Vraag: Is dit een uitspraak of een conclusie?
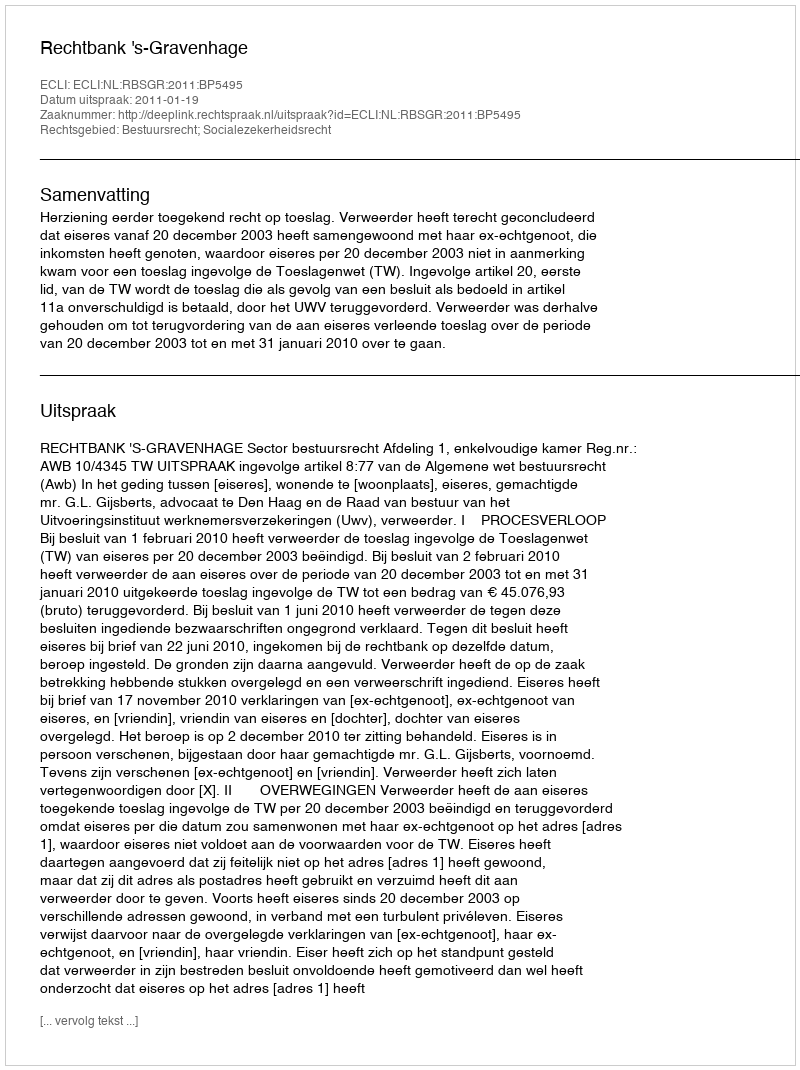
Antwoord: Uitspraak